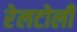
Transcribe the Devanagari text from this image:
रेलटोली